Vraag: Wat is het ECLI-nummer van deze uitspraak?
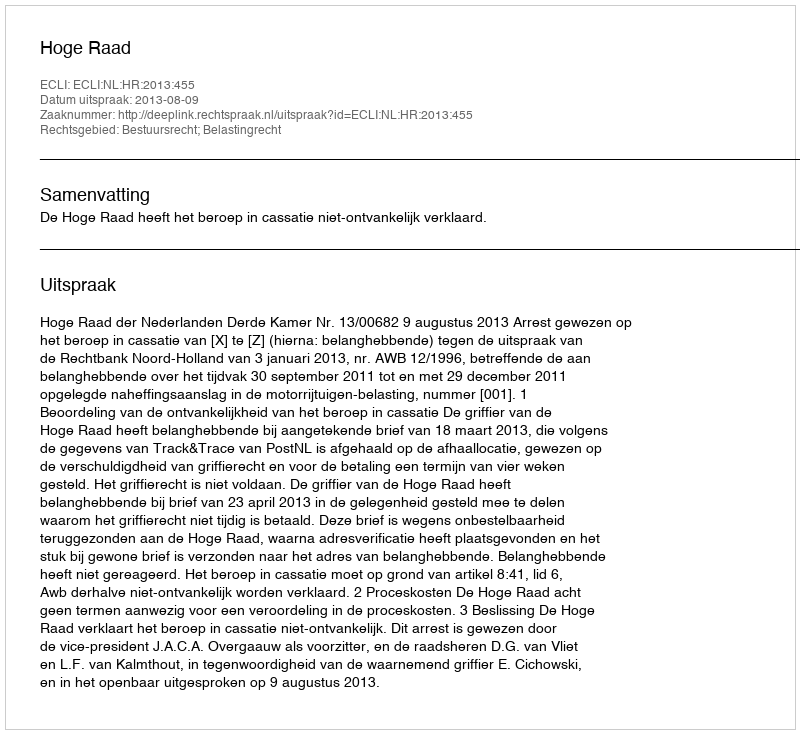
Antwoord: ECLI:NL:HR:2013:455